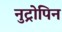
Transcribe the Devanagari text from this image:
नुट्रोपिन